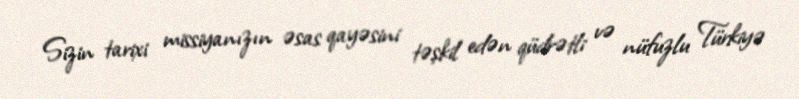
Sizin tarixi missiyanızın əsas qayəsini təşkil edən qüdrətli və nüfuzlu Türkiyə